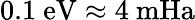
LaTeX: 0.1\ \mathrm{eV}\approx 4\ \mathrm{mHa}